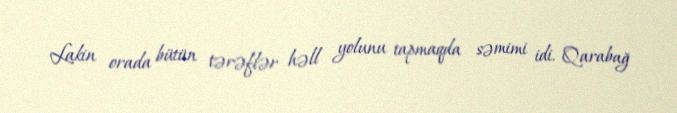
Lakin orada bütün tərəflər həll yolunu tapmaqda səmimi idi. Qarabağ